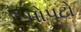
પોપટો